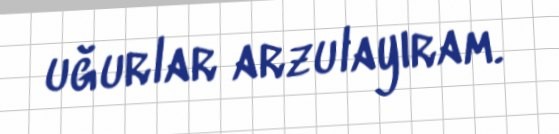
uğurlar arzulayıram.